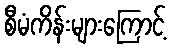
စီမံကိန်းများကြောင့်